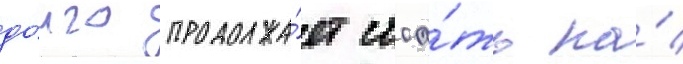
до́лго продолжа́ет стоа́ть на́